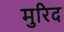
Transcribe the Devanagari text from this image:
मुरिद